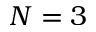
N = 3